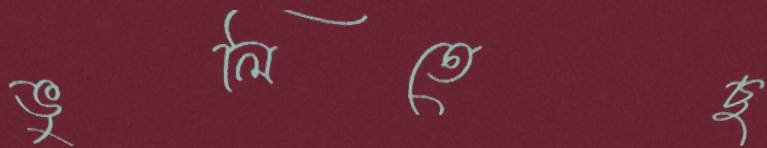
ভুলিতেছ